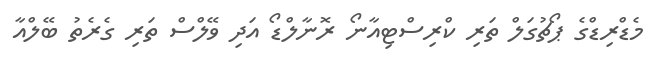
މެޑްރިޑްގެ ޕޯޗުގަލް ތަރި ކްރިސްޓިއާނޯ ރޮނާލްޑޯ އަދި ވޭލްސް ތަރި ގެރެތު ބޭލްއާ